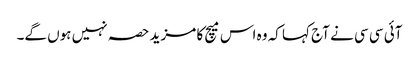
آئی سی سی نے آج کہا کہ وہ اس میچ کا مزید حصہ نہیں ہوں گے۔